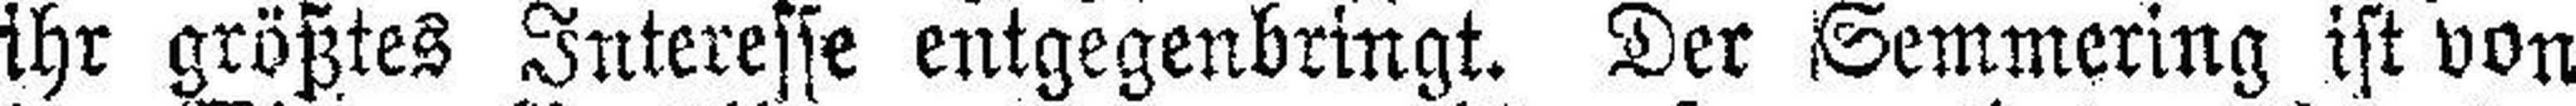
ihr größtes Interesse entgegenbringt. Der Semmering ist von